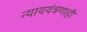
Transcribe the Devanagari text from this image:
न्याययंत्रणाही